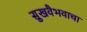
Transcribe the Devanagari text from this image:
सुखवैभवाचा